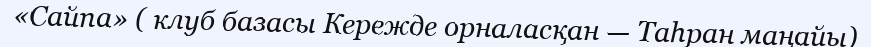
«Сайпа» ( клуб базасы Кережде орналасқан — Таһран маңайы)